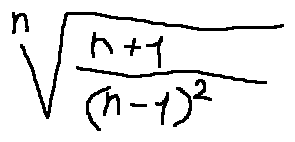
\sqrt [ n ] { \frac { n + 1 } { ( n - 1 ) ^ { 2 } } }